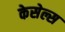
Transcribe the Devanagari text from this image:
केसेल्स